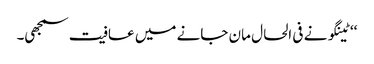
‘‘ ٹینگو نے فی الحال مان جانے میں عافیت سمجھی۔